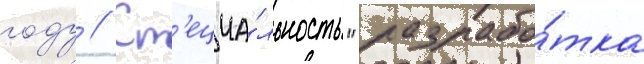
году // Сп'ециа́льность "разрабо́тка